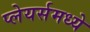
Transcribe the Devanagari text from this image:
प्लेयर्समध्ये